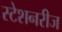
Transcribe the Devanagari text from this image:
स्टेशनरीज